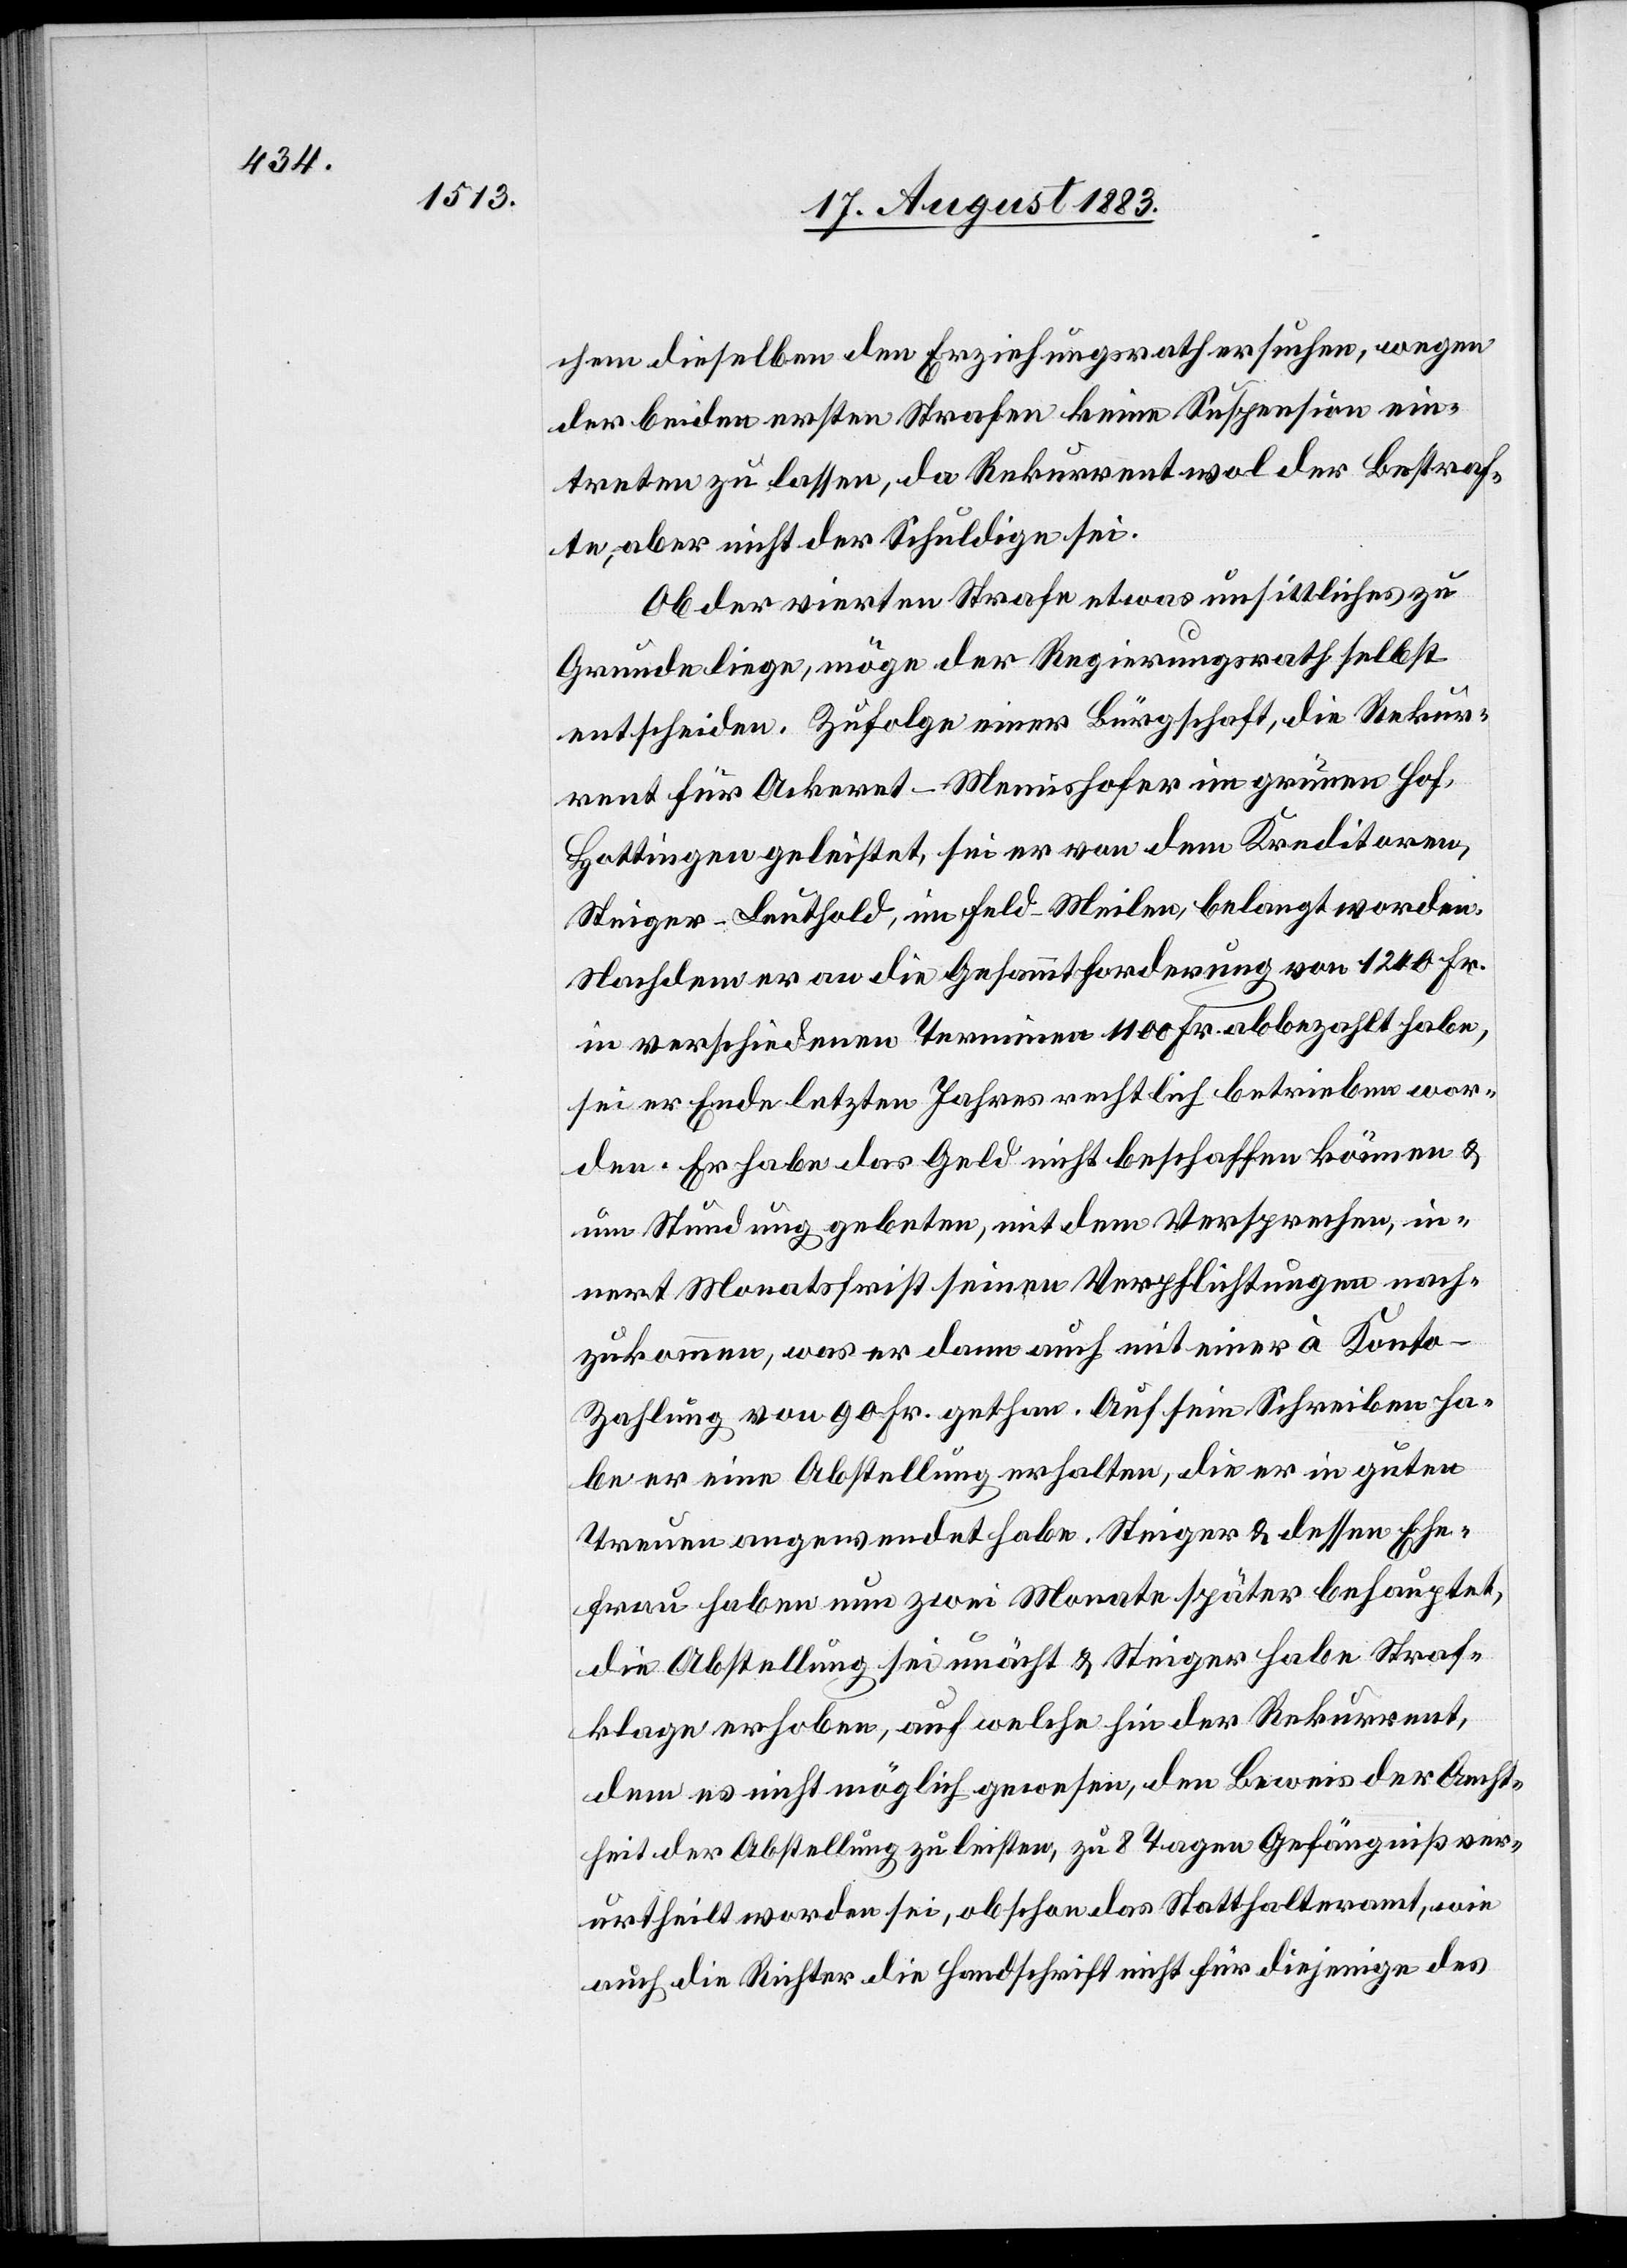
chem dieselben den Erziehungsrath ersuchen, wegen
der beiden ersten Strafen keine Suspension ein¬
treten zu lassen, da Rekurrent wol der Bestraf¬
te aber nicht der Schuldige sei.
Ob der vierten Strafe etwas unsittliches zu
Grunde liege, möge der Regierungsrath selbst
entscheiden. Zufolge einer Bürgschaft, die Rekur¬
rent für Ackeret-Memishofer im grünen Hof,
Hottingen geleistet, sei er von dem Kreditoren,
Steiger-Leuthold, im Feld Meilen, belangt worden.
Nachdem er an die Gesammtforderung von 1200 Fr.
in verschiedenen Terminen 1100 Fr. abbezahlt habe,
sei er Ende letzten Jahres rechtlich betrieben wor¬
den. Er habe das Geld nicht beschaffen können &
um Stundung gebeten, mit dem Versprechen, in¬
nert Monatsfrist seinen Verpflichtungen nach¬
zukommen, was er dann auch mit einer à Konto-Z¬
ahlung von 90 Fr. gethan. Auf sein Schreiben ha¬
be er eine Abstellung erhalten, die er in guten
Treuen angewendet habe. Steiger & dessen Ehe¬
frau haben nun zwei Monate später behauptet,
die Abstellung sei unächt & Steiger habe Straf¬
klage erhoben, auf welche hin der Rekurrent,
dem es nicht möglich gewesen, den Beweis der Aecht¬
heit der Abstellung zu leisten, zu 8 Tagen Gefängniß ver¬
urtheilt worden sei, obschon das Statthalteramt, wie
auch die Richter die Handschrift nicht für diejenige des